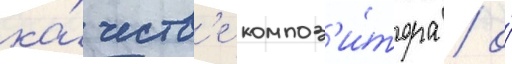
ка́честв'е композ'и́тора / о́